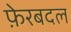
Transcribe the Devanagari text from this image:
फ़ेरबदल